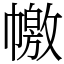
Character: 𢅎